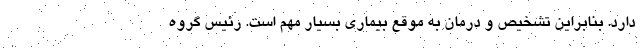
دارد. بنابراین تشخیص و درمان به موقع بیماری بسیار مهم است. رئیس گروه